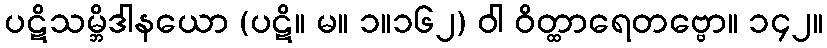
ပဋိသမ္ဘိဒါနယော (ပဋိ။ မ။ ၁။၁၆၂) ဝါ ဝိတ္ထာရေတဗ္ဗော။ ၁၄၂။